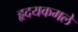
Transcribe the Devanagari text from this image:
हृदयकमले